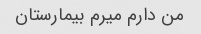
من دارم میرم بیمارستان